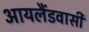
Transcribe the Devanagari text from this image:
आयलैंडवासी